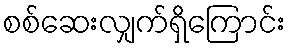
စစ်ဆေးလျှက်ရှိကြောင်း